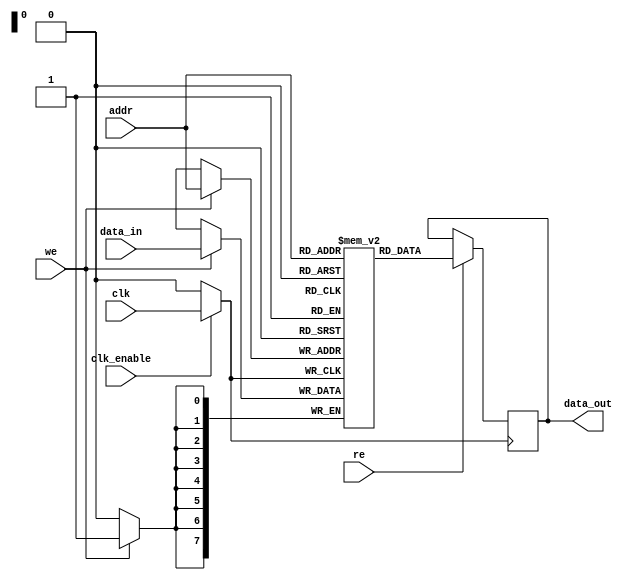
module memory_block #(
    parameter ADDR_WIDTH = 8,  // Address width
    parameter DATA_WIDTH = 8,  // Data width
    parameter MEM_SIZE = 256    // Memory size (2^ADDR_WIDTH)
)(
    input wire clk,              // Main clock
    input wire clk_enable,       // Clock enable signal for gating
    input wire [ADDR_WIDTH-1:0] addr, // Address input
    input wire [DATA_WIDTH-1:0] data_in, // Data input for write
    input wire we,               // Write enable signal
    input wire re,               // Read enable signal
    output reg [DATA_WIDTH-1:0] data_out // Data output for read
);

    // Memory array
    reg [DATA_WIDTH-1:0] mem [0:MEM_SIZE-1];

    // Clock gating logic
    wire gated_clk;
    assign gated_clk = clk_enable ? clk : 1'b0;

    // Read logic
    always @(posedge gated_clk) begin
        if (re) begin
            data_out <= mem[addr]; // Read data from memory
        end
    end

    // Write logic
    always @(posedge gated_clk) begin
        if (we) begin
            mem[addr] <= data_in; // Write data to memory
        end
    end

endmodule